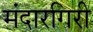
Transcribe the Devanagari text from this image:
मंदारगिरी